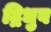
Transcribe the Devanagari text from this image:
द्रिधुव